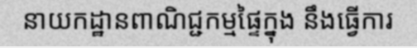
នាយកដ្ឋានពាណិជ្ជកម្មផ្ទៃក្នុង នឹងធ្វើការ